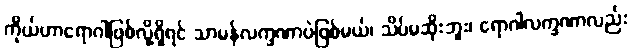
ကိုယ်ဟာရောဂါဖြစ်လို့ရှိရင် သာမန်လက္ခဏာပဲဖြစ်မယ်၊ သိပ်မဆိုးဘူး၊ ရောဂါလက္ခဏာလည်း